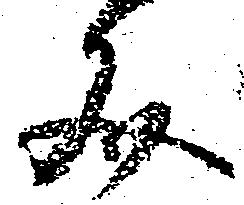
文